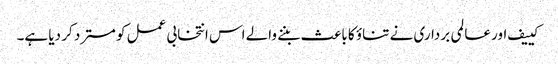
کییف اور عالمی برداری نے تناؤ کا باعث بننے والے اس انتخابی عمل کو مسترد کر دیا ہے۔